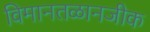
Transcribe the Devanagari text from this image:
विमानतळानजीक